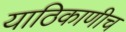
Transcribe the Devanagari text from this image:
याठिकाणीच